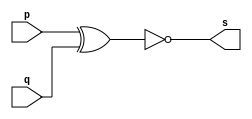
// --------------------- 
// Exemplo0008 - XNOR 
// Nome: Rafael Tadeu Cmapos de Medeiros 
// --------------------- 
// --------------------- 
// -- xnor gate 
// --------------------- 
module xnorgate (output s, 
input  p, q); 
assign s = ~(p^q) ; 
endmodule // xnorgate
// --------------------- 
// -- test xnor gate 
// --------------------- 
module testxnorgate; 
// ------------------------- dados locais 
reg  a,b; // definir registrador 
wire s; // definir conexao (fio) 
// ------------------------- instancia 
xnorgate XNOR1 (s, a, b); 
// ------------------------- preparacao 
initial begin:start 
a=0; b=0;

end 
// ------------------------- parte principal 
initial begin:main 
$display("Exemplo0008 - Rafael Tadeu - 451609"); 
$display("Test XNOR gate"); 
$display("\n a ~^ b = s\n"); 
$monitor("%b ~^ %b = %b", a, b, s); 
#1 a=0; b=0;  
#1 a=0; b=1;
#1 a=1; b=0;
#1 a=1; b=1;
end 
endmodule // testxnorgate 

 //Exemplo0008 - Rafael Tadeu - 451609
    //Test XNOR gate
    //
    // a ~^ b = s
    //
    //0 ~^ 0 = 1
    //0 ~^ 1 = 0
    //1 ~^ 0 = 0
    //1 ~^ 1 = 1